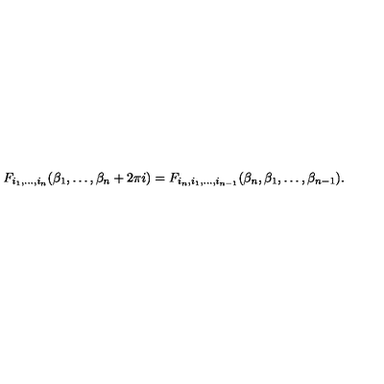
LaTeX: F _ { i _ { 1 } , \dots , i _ { n } } ( \beta _ { 1 } , \dots , \beta _ { n } + 2 \pi i ) = F _ { i _ { n } , i _ { 1 } , \dots , i _ { n - 1 } } ( \beta _ { n } , \beta _ { 1 } , \dots , \beta _ { n - 1 } ) .